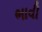
ભાવી